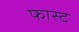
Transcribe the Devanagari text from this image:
फास्‍ट